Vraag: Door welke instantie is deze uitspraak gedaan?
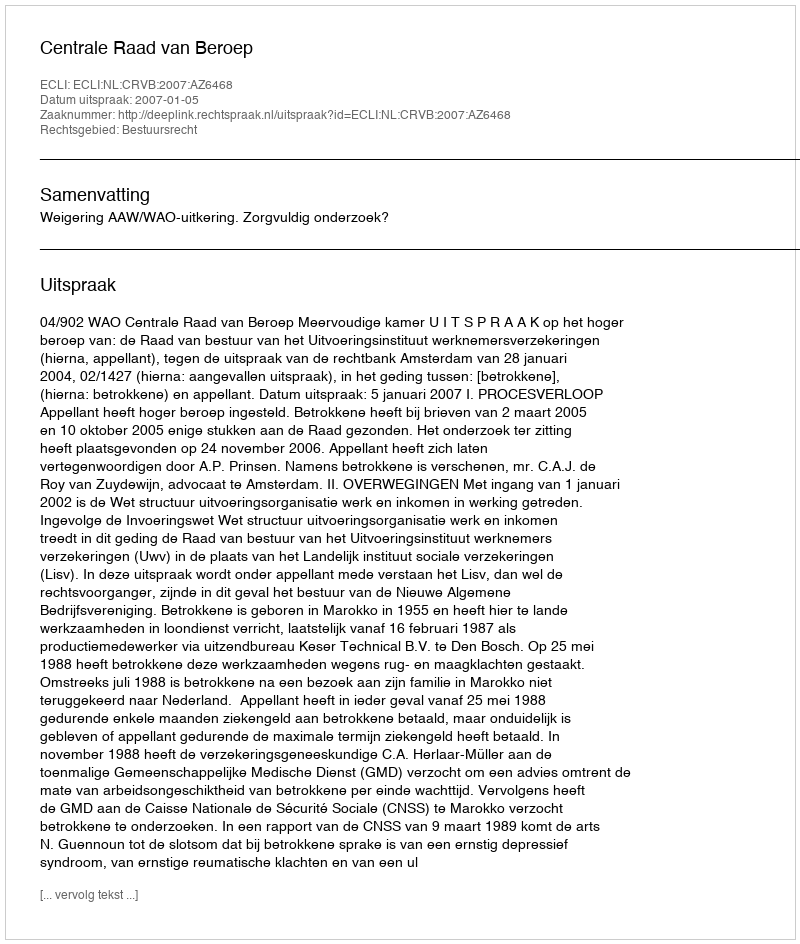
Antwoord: Centrale Raad van Beroep